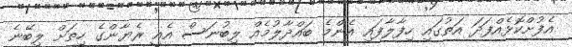
އެފުށްކޮޅެއްފަދަ އަތުގައި ހިފާލާފައި އެންމެ ބައްދާލުމެއް ލިބުނަސް އެއީ ރެޔާންގެ ހިތަށް ލިބޭނެ